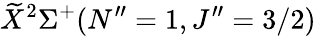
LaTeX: \widetilde{X}^{2}\Sigma^{+}(N^{\prime\prime}=1,J^{\prime\prime}=3/2)